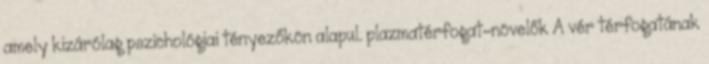
amely kizárólag pszichológiai tényezőkön alapul. plazmatérfogat-növelők A vér térfogatának